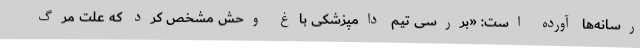
رسانه‌ها آورده است: «بررسی تیم دامپزشکی باغ‌ وحش مشخص کرد که علت مرگ